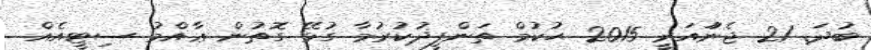
ބުދަ